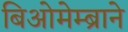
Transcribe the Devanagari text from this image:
बिओमेम्ब्राने